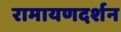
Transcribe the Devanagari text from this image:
रामायणदर्शन